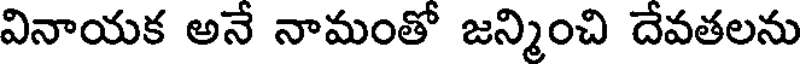
వినాయక అనే నామంతో జన్మించి దేవతలను